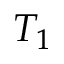
T _ { 1 }